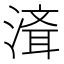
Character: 𰜮